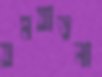
যমযাতনা